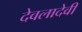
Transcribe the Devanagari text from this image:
देवलादेवी